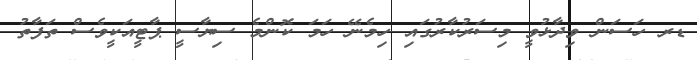
ޑރ ހަސަން ވިދާޅުވީ މިސަރުކާރުގައި ހިމެނޭ ހަމަ ކޮންމެ ސިޔާސީ ޕާޓީއަކީވެސް ތަފާތު